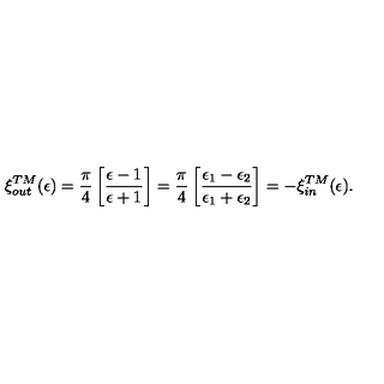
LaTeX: \xi _ { \small o u t } ^ { \small T M } ( \epsilon ) = { \frac { \pi } { 4 } } \left[ { \frac { \epsilon - 1 } { \epsilon + 1 } } \right] = { \frac { \pi } { 4 } } \left[ { \frac { \epsilon _ { 1 } - \epsilon _ { 2 } } { \epsilon _ { 1 } + \epsilon _ { 2 } } } \right] = - \xi _ { \small i n } ^ { \small T M } ( \epsilon ) .